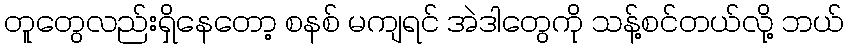
တူတွေလည်းရှိနေတော့ စနစ် မကျရင် အဲဒါတွေကို သန့်စင်တယ်လို့ ဘယ်